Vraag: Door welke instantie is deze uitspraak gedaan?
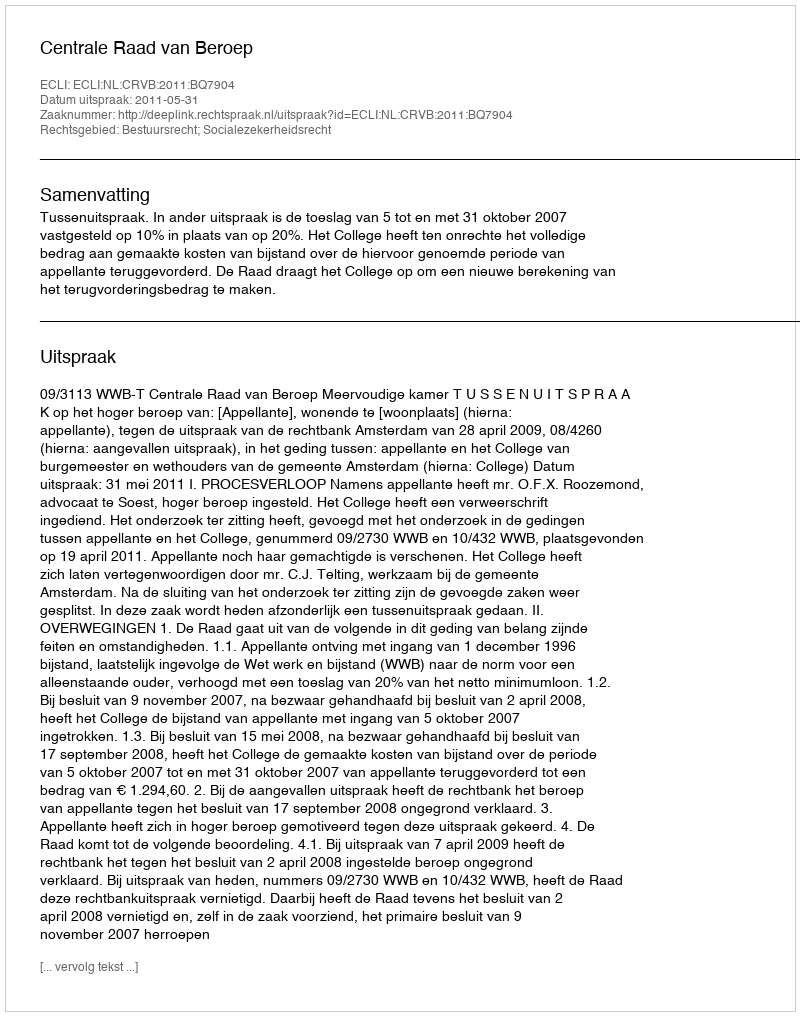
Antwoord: Centrale Raad van Beroep